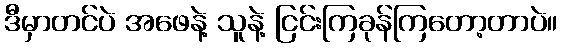
ဒီမှာတင်ပဲ အဖေနဲ့ သူနဲ့ ငြင်းကြခုန်ကြတော့တာပဲ။